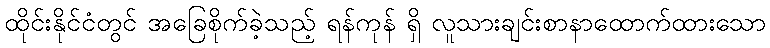
ထိုင်းနိုင်ငံတွင် အခြေစိုက်ခဲ့သည့် ရန်ကုန် ရှိ လူသားချင်းစာနာထောက်ထားသော